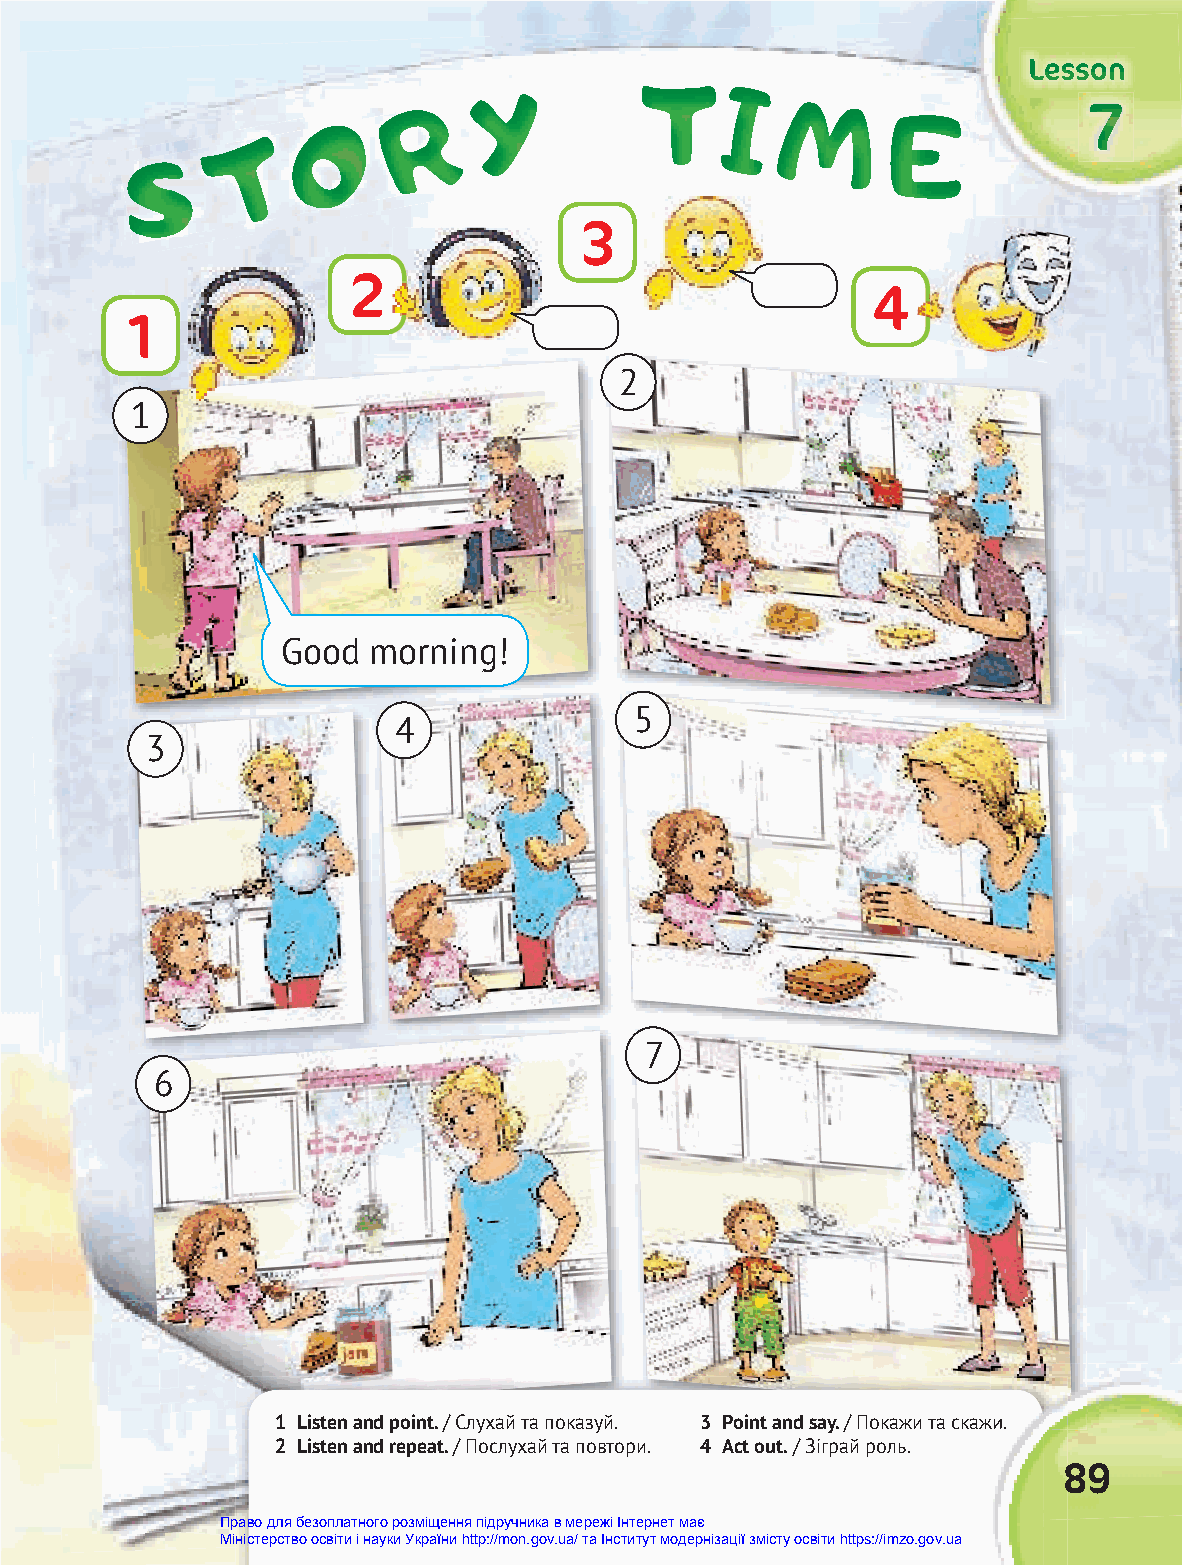
YYY       TTT                       LLLeeessssssooonnn
 III
 RRR
 MMM
 OOO                                   EEE           777
 TTT
 SSS
 3
 2
 4
 1
 2
 1
 Good morning!
 5
 4
 3
 7
 6
 1 Listen and point. / Cлухай та показуй. 3 Point and say. // ППооккаажжии ттаа ссккаажжии..
 2 Listen and repeat. / Послухай та повтори. 4 Act out. / Зіграй роль.
 89
 Право для безоплатного розміщення підручника в мережі Інтернет має
 Міністерство освіти і науки України http://mon.gov.ua/ та Інститут модернізації змісту освіти https://imzo.gov.ua